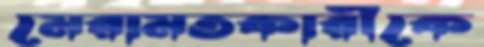
মেরামতকারীকে